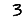
Digit: 3